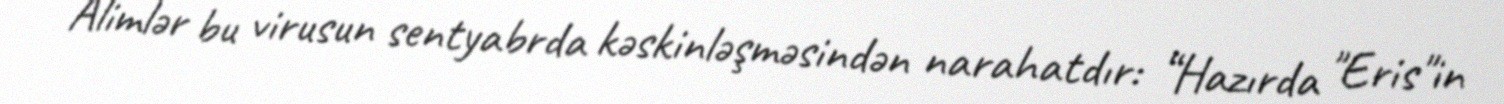
Alimlər bu virusun sentyabrda kəskinləşməsindən narahatdır: “Hazırda "Eris"in